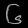
Digit: ၆